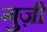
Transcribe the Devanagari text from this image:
गुज़ी